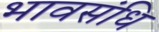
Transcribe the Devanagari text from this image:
भावसंधि